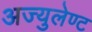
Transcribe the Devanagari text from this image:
अज्युलेण्ट